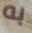
به